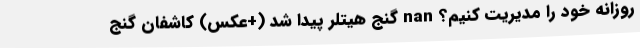
روزانه خود را مدیریت کنیم؟ nan گنج هیتلر پیدا شد (+عکس) کاشفان گنج